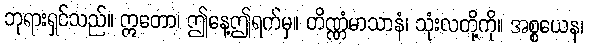
ဘုရားရှင်သည်။ ဣတော၊ ဤနေ့ဤရက်မှ။ တိဏ္ဏံမာသာနံ၊ သုံးလတို့ကို။ အစ္စယေန၊